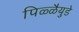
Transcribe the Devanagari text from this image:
पिळ्ळैयुडे